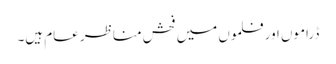
ڈراموں اور فلموں میں فحش مناظر عام ہیں۔